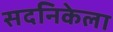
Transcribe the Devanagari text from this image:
सदनिकेला